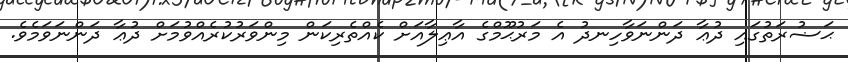
ޙަޟުރަތުގައި ދުޢާ ދަންނަވާހިނދު އެ މަރުޙޫމްގެ އާޢިލާއަށް ކެއްތެރިކަން މިންވަރުކުރެއްވުމަށް ދުޢާ ދަންނަވަމެވެ.